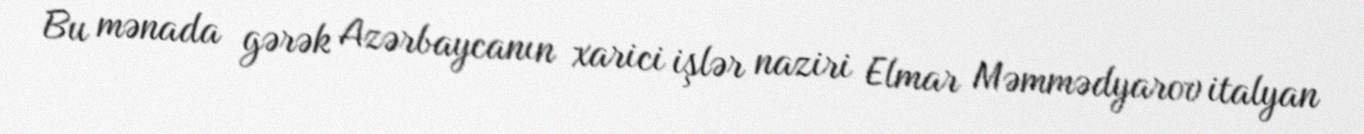
Bu mənada gərək Azərbaycanın xarici işlər naziri Elmar Məmmədyarov italyan